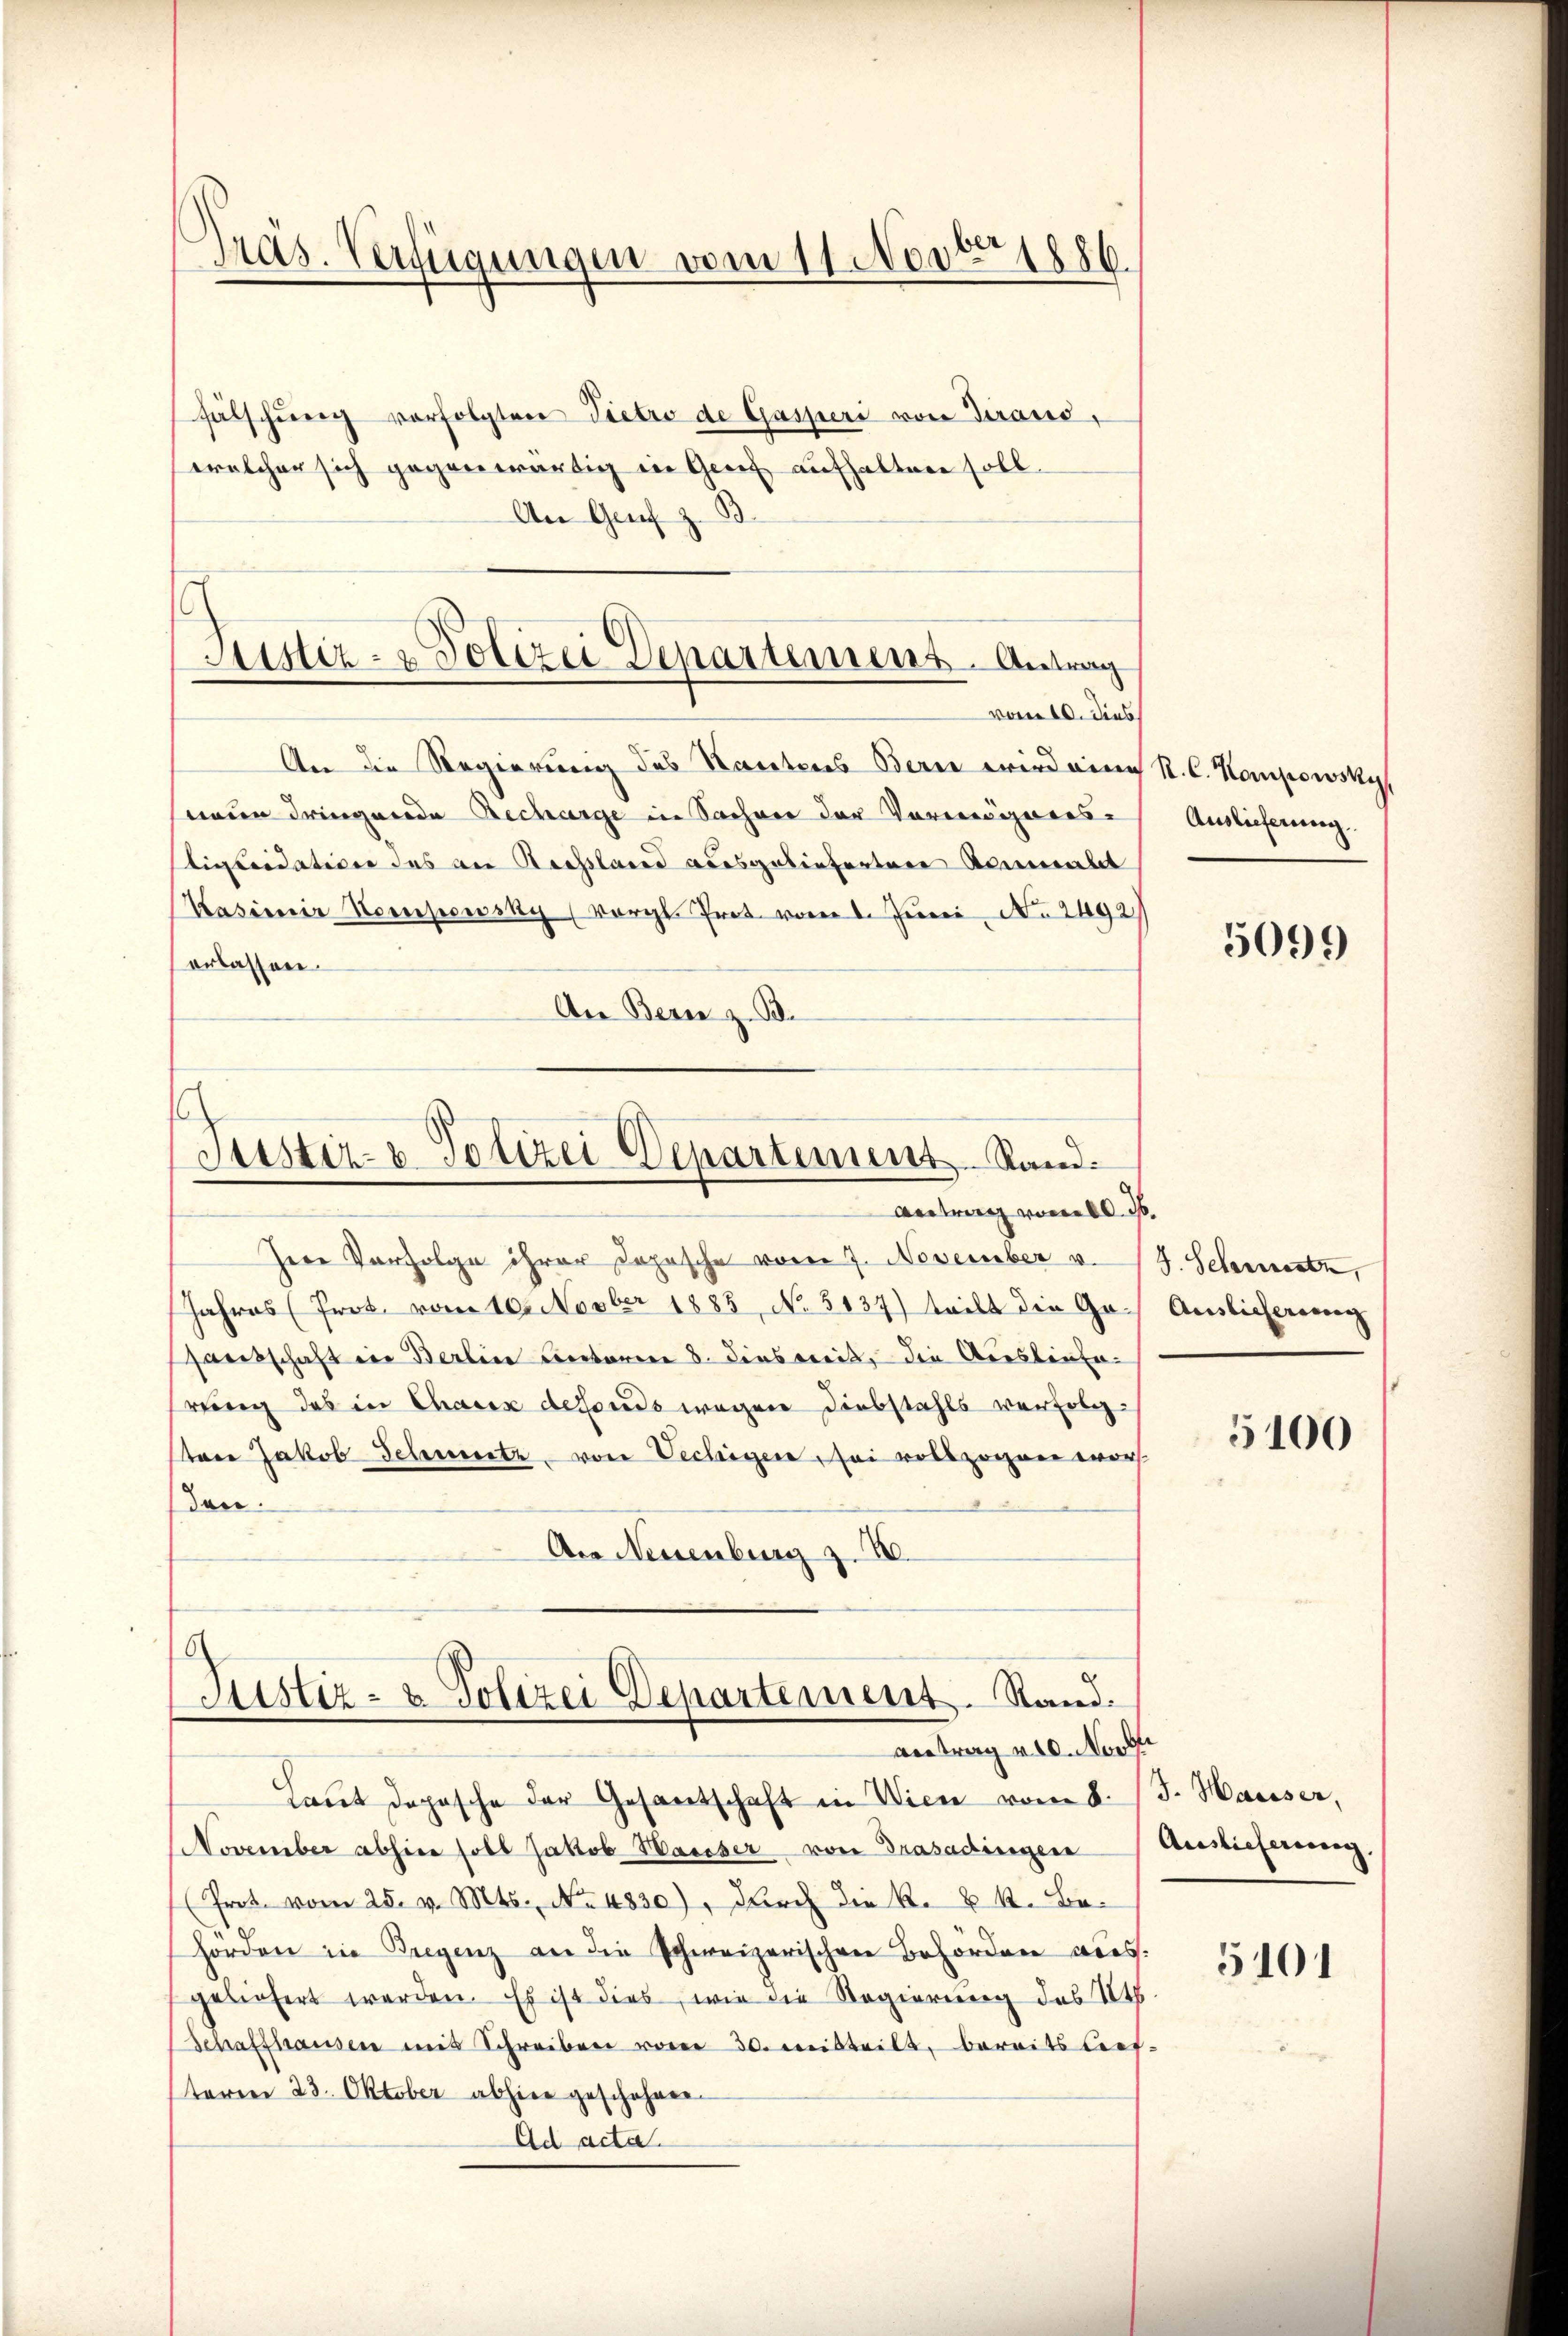
Präs. Verfügungen vom 11. Novbr.

fälschŭng vorfolgten Pietro de Gasperi von Giravić,
welcher sich gegenwärtig in Gerich aufhalten soll.
An Genf z. B.

Justiz- & Polizei Departemens. Antrag
vom 10. dies

Justiz- & Polizei Departement Rand.
Antrag vom 10. ds.

An die Regierung des Sautens Bern wird eine R. C. Kompowsky,
neun dringende Recharge in Sachen der Vormieres-
tiquidation des an Rechsland ausgelieferten Kaminalit
Kasimir Kompewsky (vergl. Prot. vom 1. Juni No 2492)
erlassen.
An Bern z. B.

Zere Verfolge ihrer Dopische vom 7. November v. J. Schmertz,
Jahres (Prot. vom 10. Novber 1883, No. 3137) teilt die Gesanitschaft in Berline Lectoren 8. dies weit, die Ausliefeweg das in Chaux dessends wegen Diebstahls verfolgtere Jakob Scheussetz von Vechigen, sei vollzogen worden.
Ae Neuenburg z. B.

Justiz- & Polizei Departement. Rand.
antrag von Nord

Auslieferung

Laut dopasche der Gesantschaft in Wien vom 8. J. Hauser,
November abhin soll Jakob Hauser von Trasadingen Auslieferung.
(Prot. vom 25. v. Mts. No. 4830), durch die k. k. k. Behördere in Bregenz an die schweizerischen Behördern aus.
geliefert werden. Es ist dies, wie die Regierung des St.
Schaffhausen mit Schreiben vom 30. Mitteilt, bereits lief-
terren 23. Oktober abhier geschehen.
Ad acta.

5099

Auslicherung

5100

5101